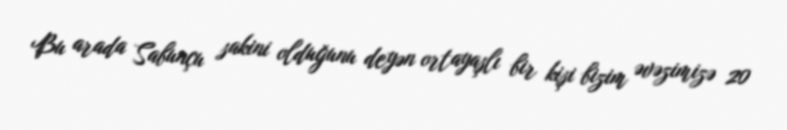
Bu arada Sabunçu sakini olduğunu deyən ortayaşlı bir kişi bizim əvəzimizə 20